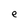
Character: e